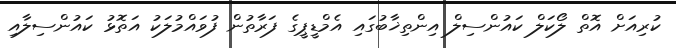
ކުރިއަށް އޮތް ލޯކަލް ކައުންސިލް އިންތިޚާބުގައި އެމްޑީޕީގެ ފަރާތުން ފުވައްމުލަކު އަތޮޅު ކައުންސިލާއި